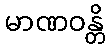
မာဏဝန္တိ